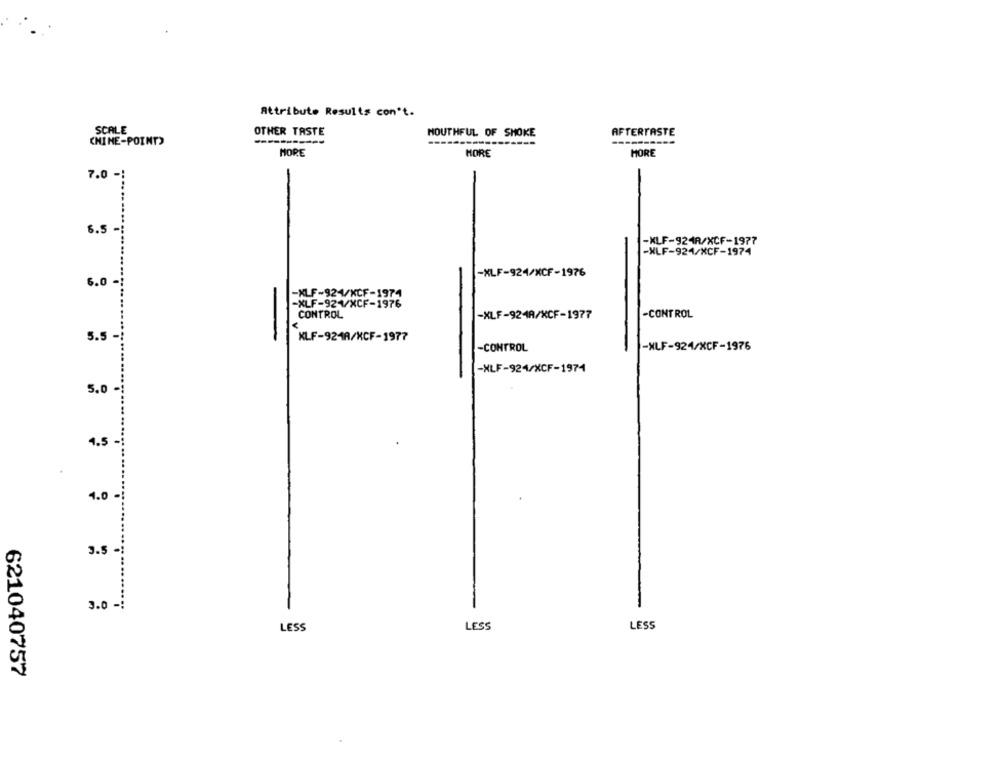
Attribute Results con't.
SCALE
OTHER TASTE
MOUTHFUL OF SMOKE
AFTERTASTE
CHINE-POINT)
------.
HORE
HORE
MORE
6.5 -
-XLF-924R/XCF-1977
-XLF-924/XCF-1974
-XLF-924/XCF-1976
6.0 -
-XLF-924/XCF-1974
-XLF-921/XCF-1976
CONTROL
-XLF-924A/XCF-1977
-CONTROL
5.5-
KLF-924A/KCF-1977
-CONTROL
-NLF-924/XCF-1976
-NLF-924/XCF-1974
5.0
1.5 -
1.0
3.5
3.0
LESS
LESS
LESS
621040757